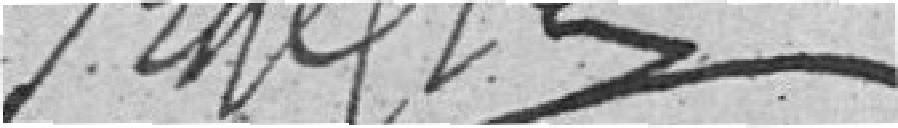
KELLER